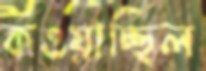
কওয়াচ্ছিল